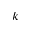
k